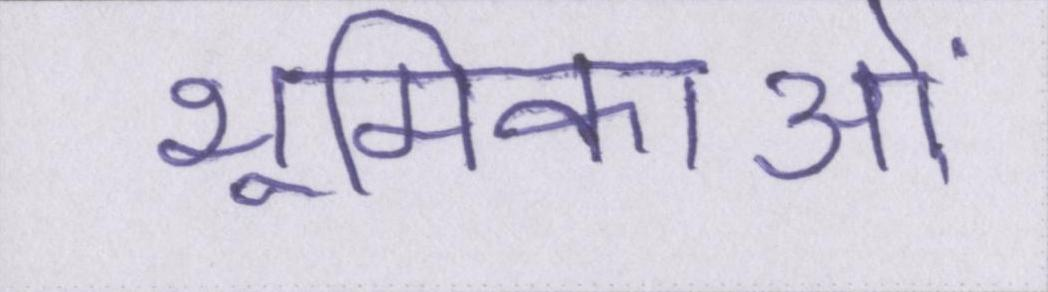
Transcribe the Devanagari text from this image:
भूमिकाओं